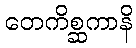
တေကိစ္ဆကာနိ